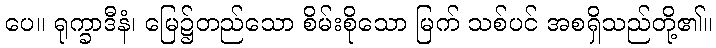
ပေ။ ရုက္ခာဒီနံ၊ မြေ၌တည်သော စိမ်းစိုသော မြက် သစ်ပင် အစရှိသည်တို့၏။